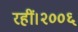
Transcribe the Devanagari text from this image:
रहीं।२००६